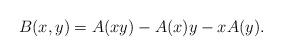
LaTeX: \begin{align*}B(x,y)=A(xy)-A(x)y-xA(y).\end{align*}